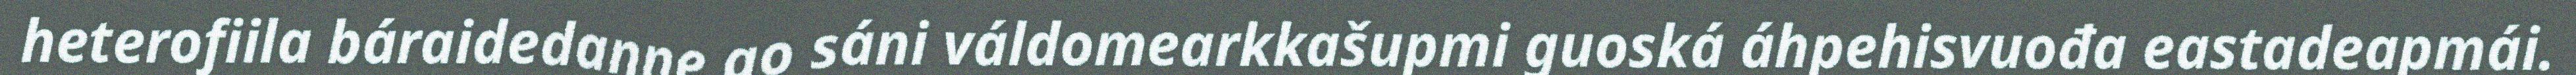
heterofiila báraidedanne go sáni váldomearkkašupmi guoská áhpehisvuođa eastadeapmái.